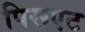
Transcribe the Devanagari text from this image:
पिरूएट